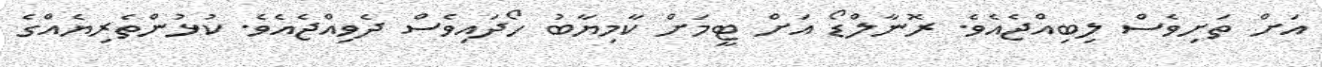
އަށް ތަށިވެސް ލިބިއްޖެއެވެ. ރޮނާލްޑޯ އަށް ޓީމަށް ކާމިޔާބު ހޯދައިވެސް ދެވިއްޖެއެވެ. ކުޅުންތެރިޔެއްގެ